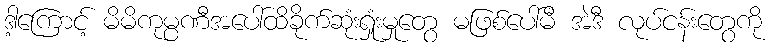
ဒါ့ကြောင့် မိမိကုမ္ပဏီအပေါ်ထိခိုက်ဆုံးရှုံးမှုတွေ မဖြစ်ပေါ်မီ အဲဒီ လုပ်ငန်းတွေကို